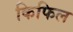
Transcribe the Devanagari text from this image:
किफिल